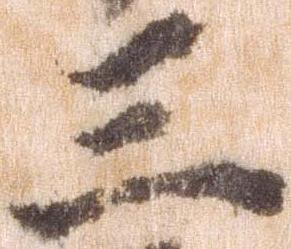
三